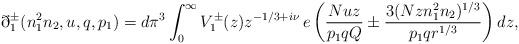
LaTeX: \begin{align*}\eth_1^{\pm}(n^2_1n_2,u,q,p_1) = d{\pi}^{3} \int_{0}^\infty V_1^{\pm}(z) z^{-1/3+i\nu}\, e\left(\frac{Nuz}{p_1qQ} \pm \frac{3(Nz n_1^2 n_2)^{1/3}}{p_1q r^{1/3}} \right)dz ,\end{align*}